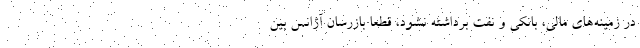
در زمینه‌های مالی، بانکی و نفت برداشته نشود، قطعاً بازرسان آژانس بین